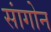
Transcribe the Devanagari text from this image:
सांगोन